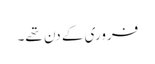
فروری کے دن تھے۔